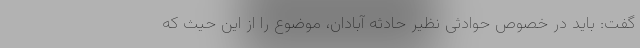
گفت: باید در خصوص حوادثی نظیر حادثه آبادان، موضوع را از این حیث که